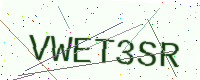
Text: VWET3SR